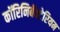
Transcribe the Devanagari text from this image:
कॉरिनिबॅक्टेरियम